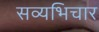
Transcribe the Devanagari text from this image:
सव्यभिचार